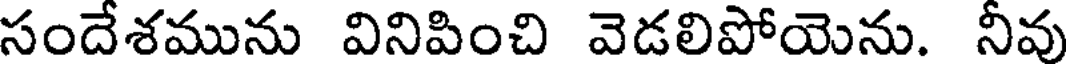
సందేశమును వినిపించి వెడలిపోయెను. నీవు